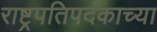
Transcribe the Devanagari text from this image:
राष्ट्रपतिपदकाच्या